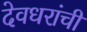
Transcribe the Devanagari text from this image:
देवधरांची